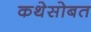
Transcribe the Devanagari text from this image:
कथेसोबत